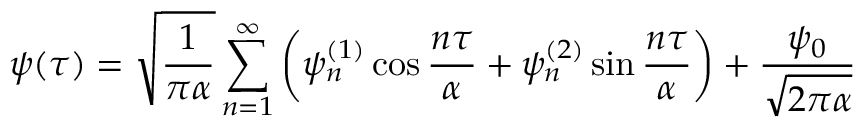
\psi ( \tau ) = \sqrt { \frac { 1 } { \pi \alpha } } \sum _ { n = 1 } ^ { \infty } \left( \psi _ { n } ^ { ( 1 ) } \cos { \frac { n \tau } { \alpha } } + \psi _ { n } ^ { ( 2 ) } \sin { \frac { n \tau } { \alpha } } \right) + { \frac { \psi _ { 0 } } { \sqrt { 2 \pi \alpha } } } ~ ~ ~